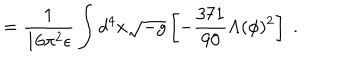
LaTeX: = \frac { 1 } { 1 6 \pi ^ { 2 } \epsilon } \int d ^ { 4 } x \sqrt { - g } \left[ - \frac { 3 7 1 } { 9 0 } \Lambda ( \phi ) ^ { 2 } \right] \; .